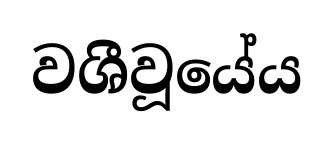
වශීවූයේය